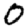
Digit: 0